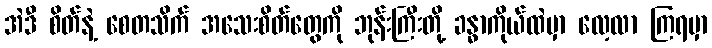
အဲဒီ စိတ်နဲ့ စေတသိက် အသေးစိတ်တွေကို ဘုန်းကြီးတို့ ခန္ဓာကိုယ်ထဲမှာ လေ့လာ ကြရမှာ